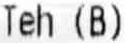
TEH (B)